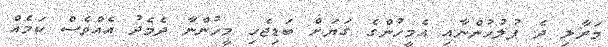
މަރާލި ދެ ފުލުހުންނާއި އެމީހުންގެ ގަޔަށް ބަޑިޖެހި މީހުންނާ ދެމެދު އެއްވެސް ކަމެއް